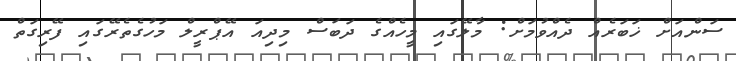
ސަންއަށް ޚަބަރެއް ދެއްވުމަށް: މާލޭގައި މީހެއްގެ ދަބަސް މިދިއަ އޭޕްރީލް މަހުގެތެރޭގައި ފޭރިގަތް